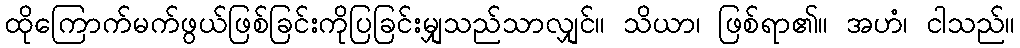
ထိုကြောက်မက်ဖွယ်ဖြစ်ခြင်းကိုပြခြင်းမျှသည်သာလျှင်။ သိယာ၊ ဖြစ်ရာ၏။ အဟံ၊ ငါသည်။